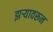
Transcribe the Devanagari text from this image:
झऱ्यावरून